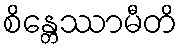
စိန္တေဿာမီတိ